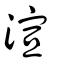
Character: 渲